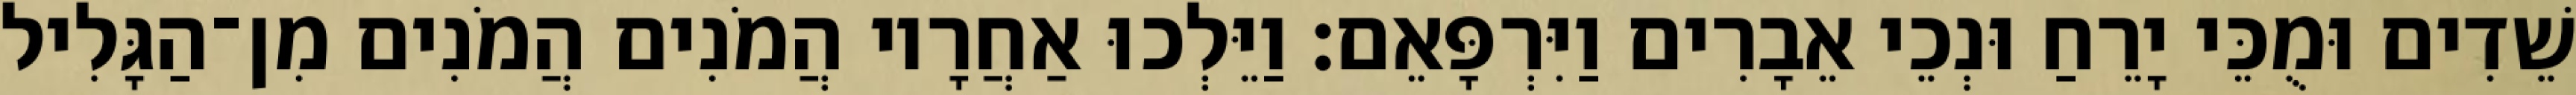
שֵׁדִים וּמֻכֵּי יָרֵחַ וּנְכֵי אֵבָרִים וַיִּרְפָּאֵם׃ וַיֵּלְכוּ אַחֲרָיו הֲמֹנִים הֲמֹנִים מִן־הַגָּלִיל